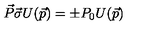
\vec { P } \vec { \sigma } U ( \vec { p } ) = \pm P _ { 0 } U ( \vec { p } )